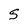
Character: S